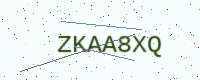
Text: ZKAA8XQ